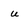
Character: u